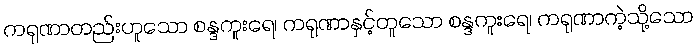
ကရုဏာတည်းဟူသော စန္ဒကူးရေ၊ ကရုဏာနှင့်တူသော စန္ဒကူးရေ၊ ကရုဏာကဲ့သို့သော